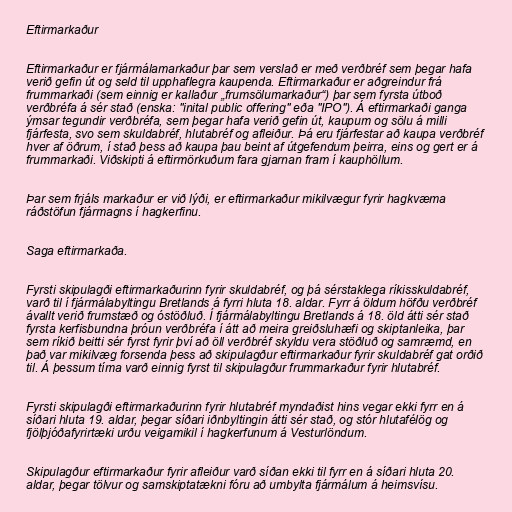
Eftirmarkaður

Eftirmarkaður er fjármálamarkaður þar sem verslað er með verðbréf sem þegar hafa
verið gefin út og seld til upphaflegra kaupenda. Eftirmarkaður er aðgreindur frá
frummarkaði (sem einnig er kallaður „frumsölumarkaður“) þar sem fyrsta útboð
verðbréfa á sér stað (enska: "inital public offering" eða "IPO"). Á eftirmarkaði ganga
ýmsar tegundir verðbréfa, sem þegar hafa verið gefin út, kaupum og sölu á milli
fjárfesta, svo sem skuldabréf, hlutabréf og afleiður. Þá eru fjárfestar að kaupa verðbréf
hver af öðrum, í stað þess að kaupa þau beint af útgefendum þeirra, eins og gert er á
frummarkaði. Viðskipti á eftirmörkuðum fara gjarnan fram í kauphöllum.

Þar sem frjáls markaður er við lýði, er eftirmarkaður mikilvægur fyrir hagkvæma
ráðstöfun fjármagns í hagkerfinu.

Saga eftirmarkaða.

Fyrsti skipulagði eftirmarkaðurinn fyrir skuldabréf, og þá sérstaklega ríkisskuldabréf,
varð til í fjármálabyltingu Bretlands á fyrri hluta 18. aldar. Fyrr á öldum höfðu verðbréf
ávallt verið frumstæð og óstöðluð. Í fjármálabyltingu Bretlands á 18. öld átti sér stað
fyrsta kerfisbundna þróun verðbréfa í átt að meira greiðsluhæfi og skiptanleika, þar
sem ríkið beitti sér fyrst fyrir því að öll verðbréf skyldu vera stöðluð og samræmd, en
það var mikilvæg forsenda þess að skipulagður eftirmarkaður fyrir skuldabréf gat orðið
til. Á þessum tíma varð einnig fyrst til skipulagður frummarkaður fyrir hlutabréf.

Fyrsti skipulagði eftirmarkaðurinn fyrir hlutabréf myndaðist hins vegar ekki fyrr en á
síðari hluta 19. aldar, þegar síðari iðnbyltingin átti sér stað, og stór hlutafélög og
fjölþjóðafyrirtæki urðu veigamikil í hagkerfunum á Vesturlöndum.

Skipulagður eftirmarkaður fyrir afleiður varð síðan ekki til fyrr en á síðari hluta 20.
aldar, þegar tölvur og samskiptatækni fóru að umbylta fjármálum á heimsvísu.